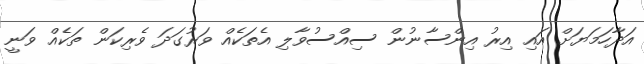
އަދާހަމަޔަށް އައި އިރު އިންސާނުން ސިއްސުވާލި އެތަކެއް ވަރުގަދަ ވެރިކަން ތަކެއް ވަނީ